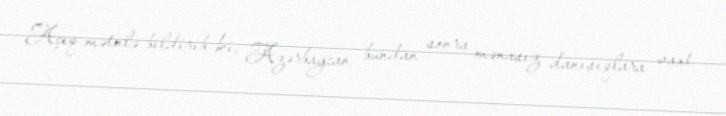
Açıq mətnlə bildirib ki, Azərbaycan bundan sonra mənasız danışıqlara vaxt